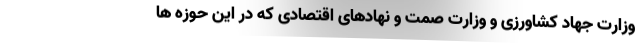
وزارت جهاد کشاورزی و وزارت صمت و نهادهای اقتصادی که در این حوزه ها